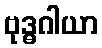
ဗုဒ္ဓဂါယာ